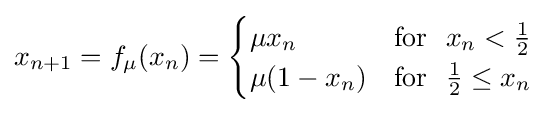
x_{n+1}=f_{\mu }(x_{n})={\begin{cases}\mu x_{n}&\mathrm {for} ~~x_{n}<{\frac {1}{2}}\\\mu (1-x_{n})&\mathrm {for} ~~{\frac {1}{2}}\leq x_{n}\end{cases}}